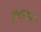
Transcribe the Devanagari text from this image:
गुप्तरुपाने